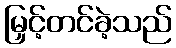
မြှင့်တင်ခဲ့သည်